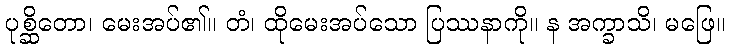
ပုစ္ဆိတော၊ မေးအပ်၏။ တံ၊ ထိုမေးအပ်သော ပြဿနာကို။ န အက္ခာသိ၊ မဖြေ။